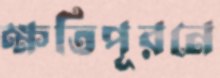
ক্ষতিপূরনে